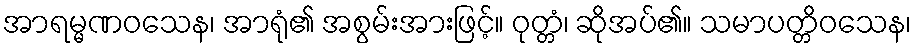
အာရမ္မဏဝသေန၊ အာရုံ၏ အစွမ်းအားဖြင့်။ ဝုတ္တံ၊ ဆိုအပ်၏။ သမာပတ္တိဝသေန၊